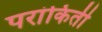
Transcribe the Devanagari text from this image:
परांकिती